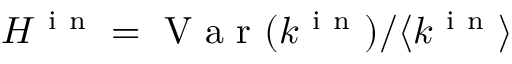
H ^ { \mathrm { ~ i ~ n ~ } } = \mathrm { ~ V ~ a ~ r ~ } ( k ^ { \mathrm { ~ i ~ n ~ } } ) / \langle k ^ { \mathrm { ~ i ~ n ~ } } \rangle